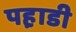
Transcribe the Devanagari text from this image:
पह़ाडी